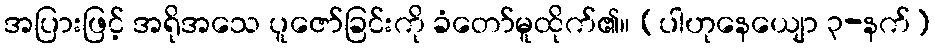
အပြားဖြင့် အရိုအသေ ပူဇော်ခြင်းကို ခံတော်မူထိုက်၏။ (ပါဟုနေယျော ၃-နက်)